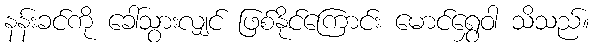
နန်းခင်ကို ခေါ်သွားလျှင် ဖြစ်နိုင်ကြောင်း မောင်ရွှေဝါ သိသည်။